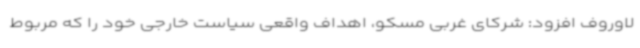
لاوروف افزود: شرکای غربی مسکو، اهداف واقعی سیاست خارجی خود را که مربوط